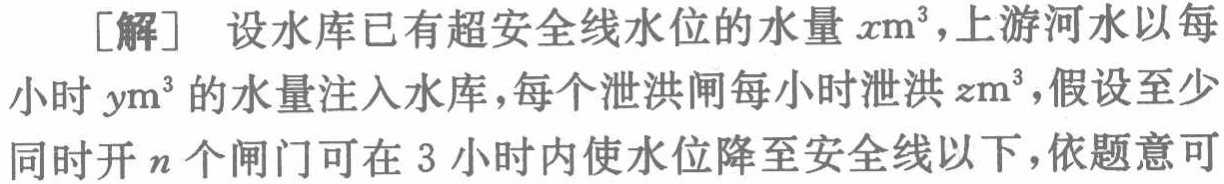
[解] 设水库已有超安全线水位的水量 \(x\mathrm{m}^{3}\)，上游河水以每小时 \(y\mathrm{m}^{3}\) 的水量注入水库，每个泄洪闸每小时泄洪 \(z\mathrm{m}^{3}\)，假设至少同时开 \(n\) 个闸门可在 3 小时内使水位降至安全线以下，依题意可